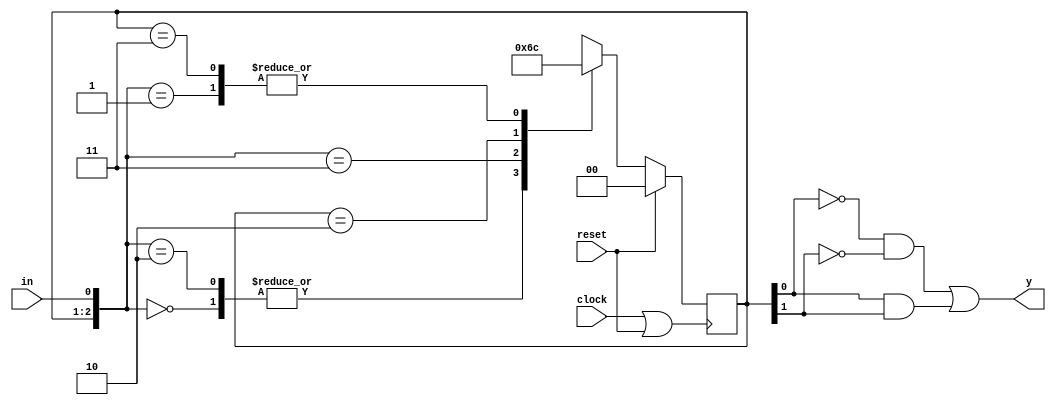
module MaquinaDeEstadosDescricaoComportamental(input clock, reset, in, output y);
	reg [1:0] nextState, currentState;
	//output ok
	assign y = (~currentState[0])&(~currentState[1]) | (currentState[0])&(currentState[1]);
	//Registrador ok
	always@(posedge clock || reset) begin
		if(reset) begin
			currentState = 0;
		end
		else begin
			currentState = nextState;
		end
	end
	//Next State
	always@({currentState,in}) begin
		casex ({currentState,in})
			3'b000: nextState <= 2'b01;
			3'b001: nextState <= 2'b00;
			3'b010: nextState <= 2'b01;
			3'b011: nextState <= 2'b10;
			3'b10x: nextState <= 2'b11;
			3'b11x: nextState <= 2'b00;
		endcase
	end
endmodule